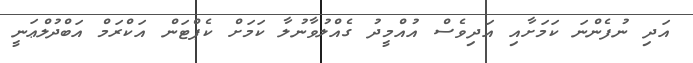
އަދި ނުފެންނަ ކަމަށާއި އަދިވެސް އުއްމީދު ގެއްލުވާނުލާ ކަމަށް ކެޕްޓަން އަކްރަމް އަބްދުލްޢަނީ